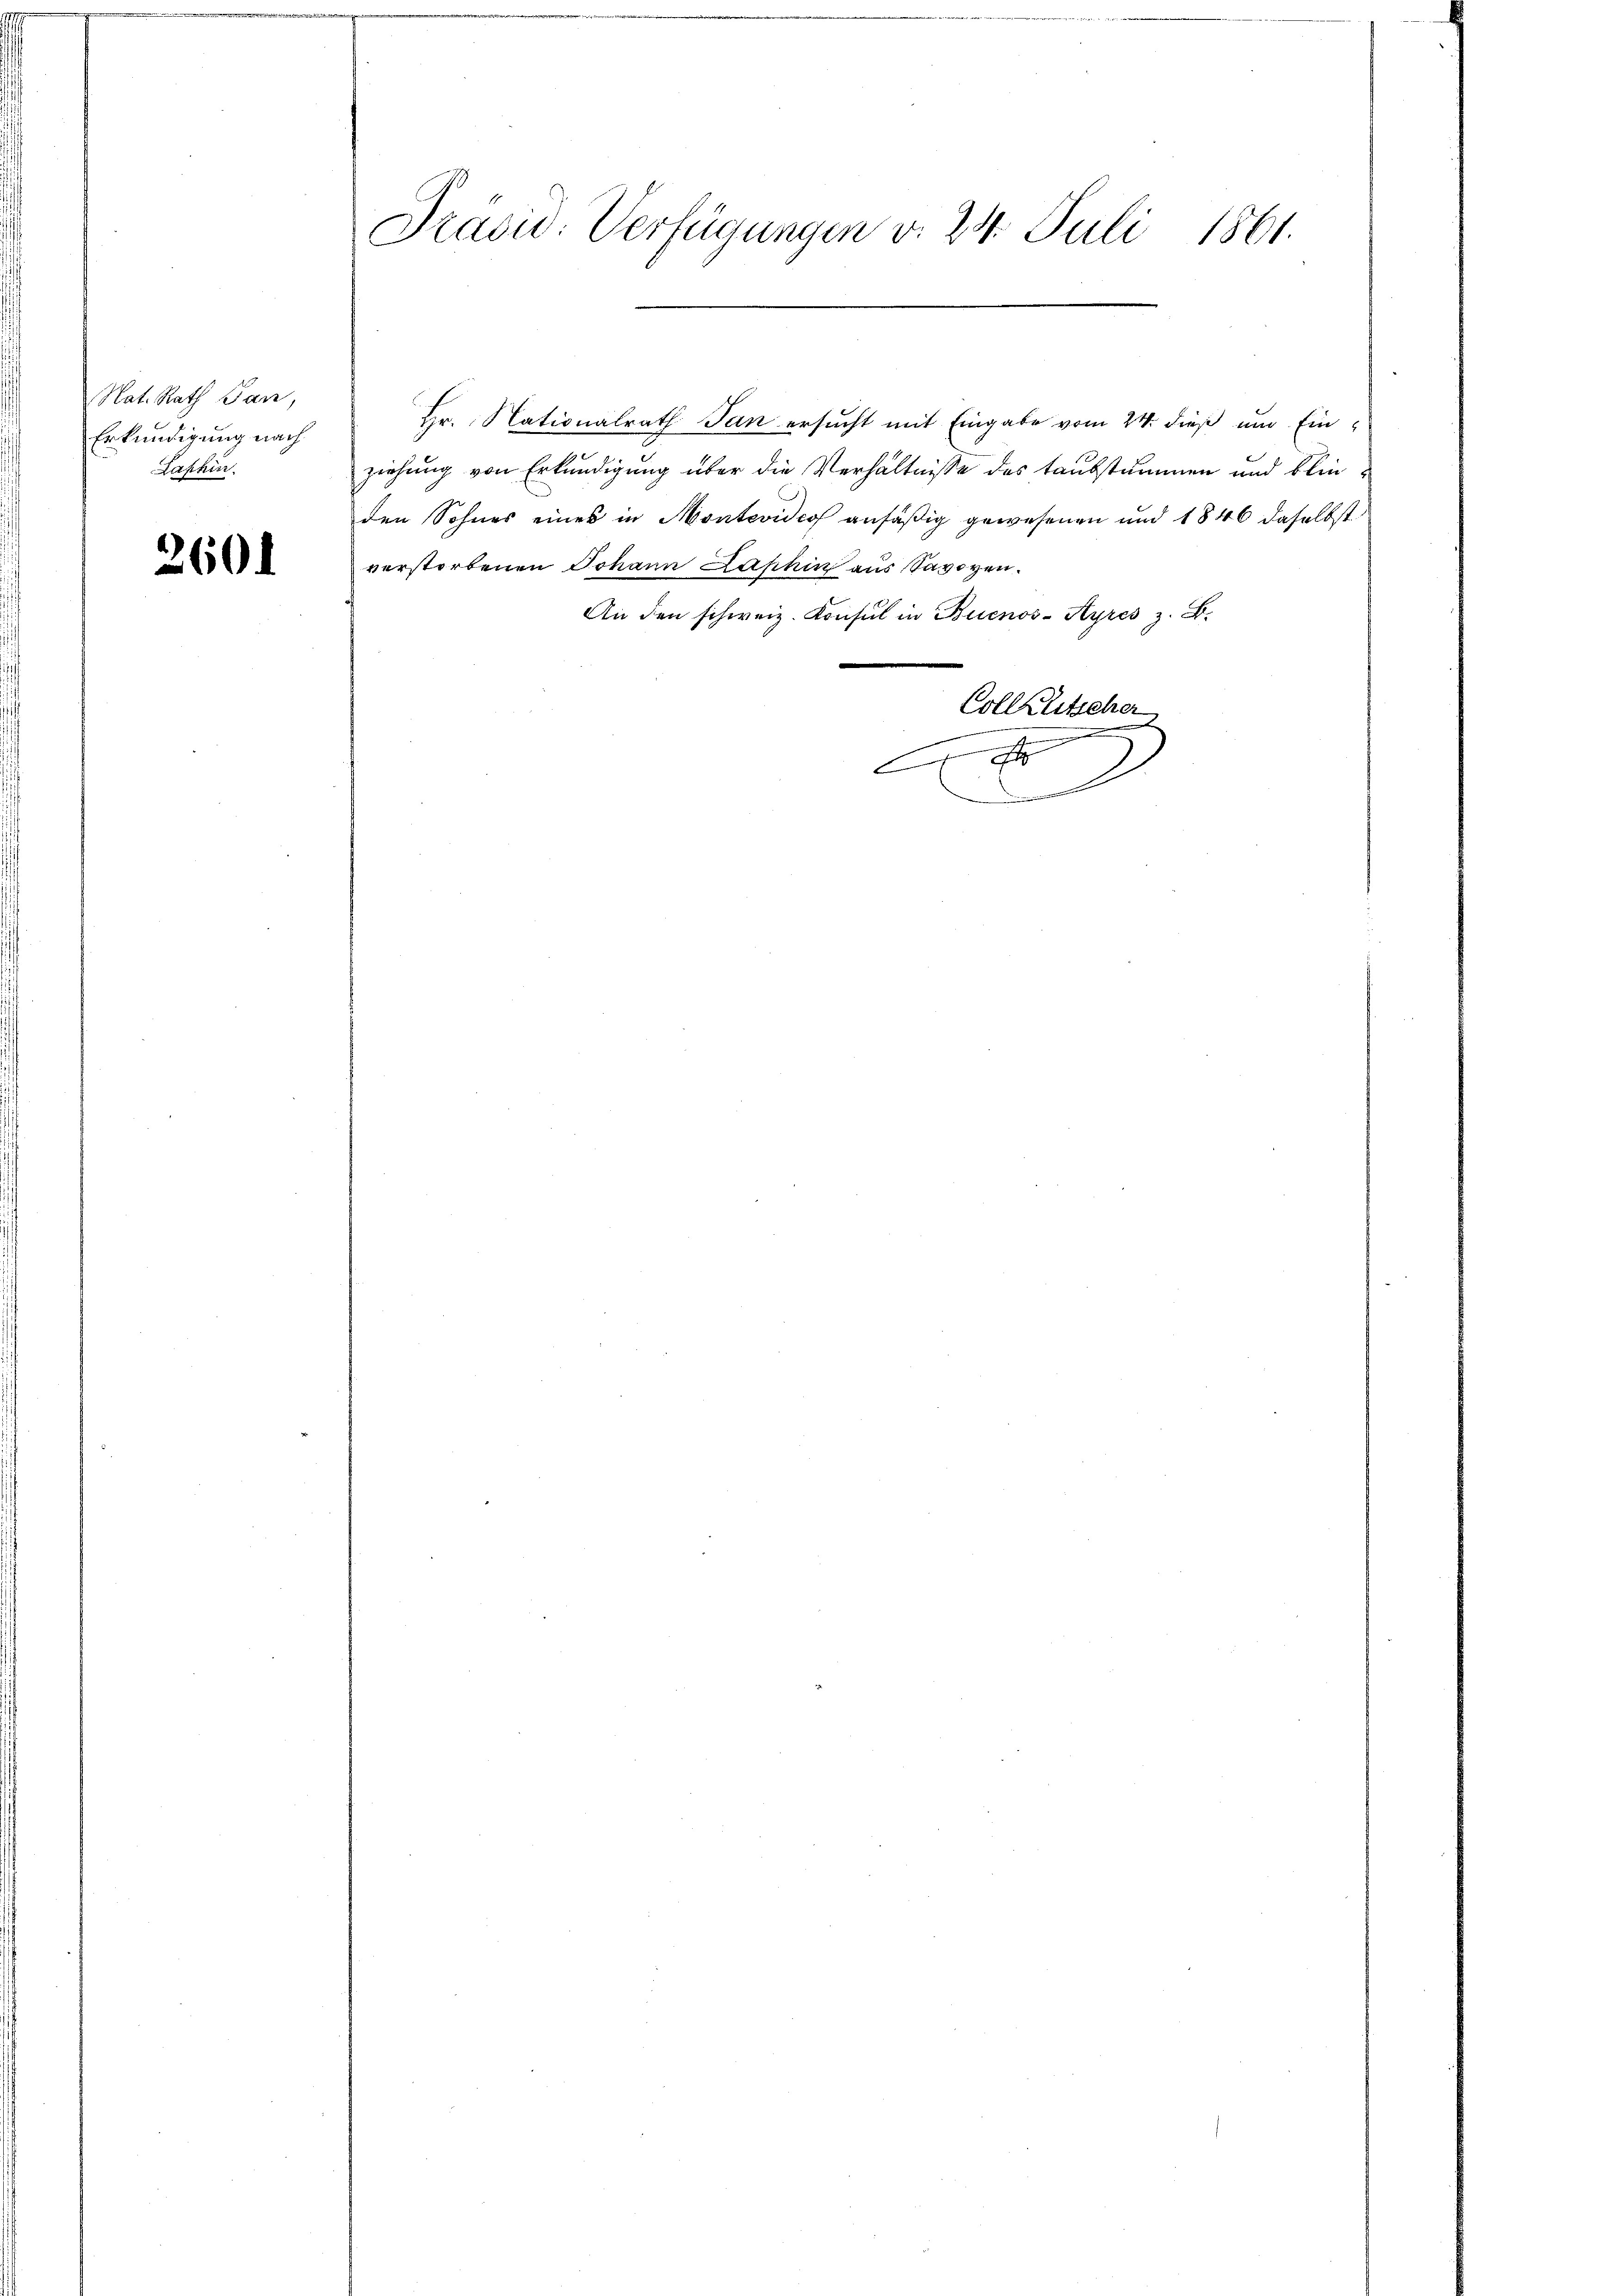
Nat. Rath Tan,
Erkundigung nach
Lashin.

2604

Hr. Nationalrath Jan ersucht mit Eingabe vom 24. dieß und Einziehung von Erkundigung über die Verhältnisse des taubstummen und blinden Sohnes eines in Montevideo ansäßig gewesenen und 1846 daselbst
verstorbenen Johann Laphin aus Savoyen.
An den schweiz. Konsul in Buenos-Ayres z. B.
e
Collkutscher
Ar
.

Präsid. Verfügungen v. 24. Juli 1861.